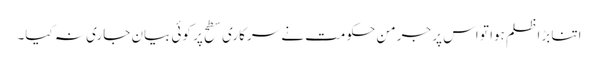
اتنا بڑا ظلم ہوا تو اس پر جرمن حکومت نے سرکاری سطح پر کوئی بیان جاری نہ کیا۔